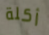
أكلة